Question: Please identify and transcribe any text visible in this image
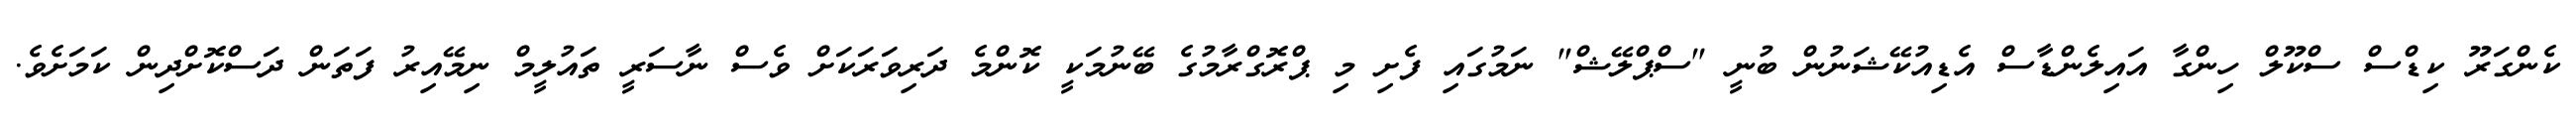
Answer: ކެންގަރޫ ކިޑްސް ސްކޫލް ހިންގާ އައިލެންޑާސް އެޑިއުކޭޝަނުން ބުނީ "ސްޕްލޭޝް" ނަމުގައި ފެށި މި ޕްރޮގްރާމުގެ ބޭނުމަކީ ކޮންމެ ދަރިވަރަކަށް ވެސް ނާސަރީ ތައުލީމް ނިމޭއިރު ފަތަން ދަސްކޮށްދިން ކަމަށެވެ.